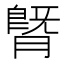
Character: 䐴